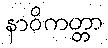
နာဝိကတ္တာ